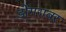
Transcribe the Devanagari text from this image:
डोंगराबर